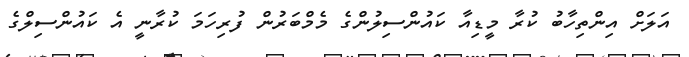
އަލަށް އިންތިހާބު ކުރާ މީޑިއާ ކައުންސިލުންގެ މެމްބަރުން ފުރިހަމަ ކުރާނީ އެ ކައުންސިލްގެ